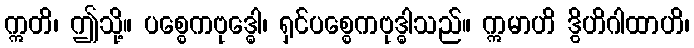
ဣတိ၊ ဤသို့။ ပစ္စေကဗုဒ္ဓေါ၊ ရှင်ပစ္စေကဗုဒ္ဓါသည်။ ဣမာဟိ ဒွိဟိဂါထာဟိ၊